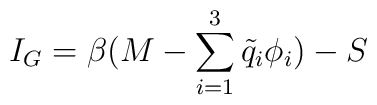
I_G=\beta(M-\sum_{i=1}^3{\tilde q}_i\phi_i)-S